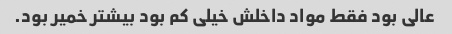
عالی بود فقط مواد داخلش خیلی کم بود بیشتر خمیر بود.